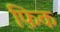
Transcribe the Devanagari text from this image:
फ़िक